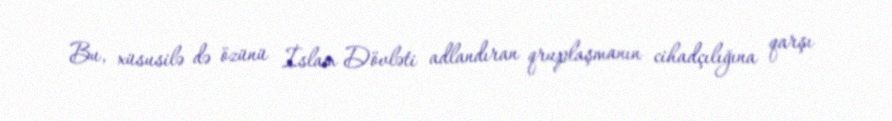
Bu, xüsusilə də özünü İslam Dövləti adlandıran qruplaşmanın cihadçılığına qarşı